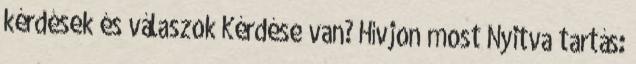
kérdések és válaszok Kérdése van? Hívjon most Nyitva tartás: